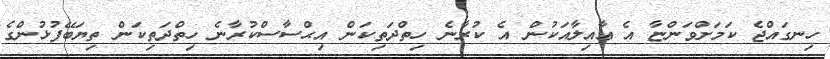
ހިނގައްޖެ ކަމަށްވަންޏާ އެ ޢާއިލާއަކުން އެ ކުރާނެ ހިތްދަތިކަން އިޙްސާސްކުރާނެ ހިތްދަތިކަން ތިޔަބޭފުޅުންގެ